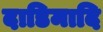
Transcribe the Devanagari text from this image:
दाडिमादि